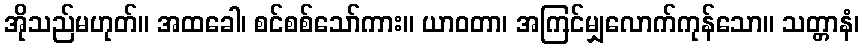
အိုသည်မဟုတ်။ အထခေါ၊ စင်စစ်သော်ကား။ ယာဝတာ၊ အကြင်မျှလောက်ကုန်သော။ သတ္တာနံ၊